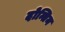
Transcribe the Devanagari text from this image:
दोन्तिन